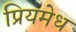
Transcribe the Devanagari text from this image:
प्रियमेध